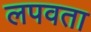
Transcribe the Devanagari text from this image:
लपवता